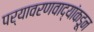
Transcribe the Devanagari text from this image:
पर्यावरणवाद्यांकडून